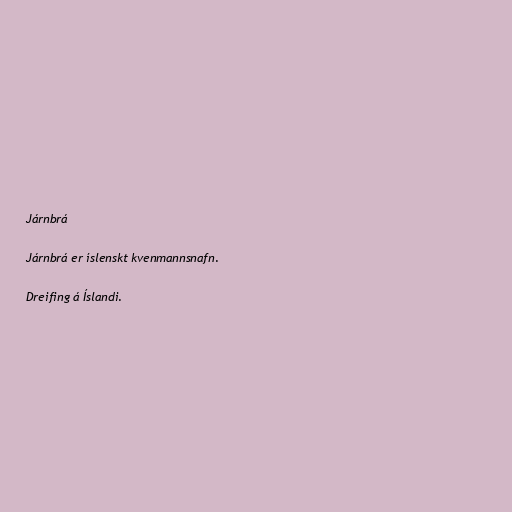
Járnbrá

Járnbrá er íslenskt kvenmannsnafn.

Dreifing á Íslandi.